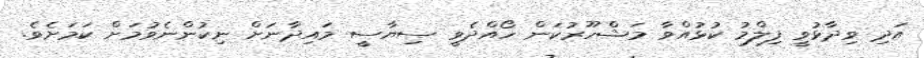
އަދި ވިދާޅުވީ ފިލްމު ކުޅުއްވާ މަޝްހޫރުކަން ހޯއްދެވީ ސިޔާސީ މައިދާނަށް ނިކުންނެވުމަށް ކަމަށެވެ.